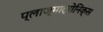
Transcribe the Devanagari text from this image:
प्लाज्माट्रोनिक्स